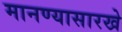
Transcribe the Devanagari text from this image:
मानण्यासारखे